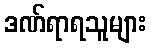
ဒဏ်ရာရသူများ